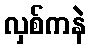
လှစ်ကနဲ